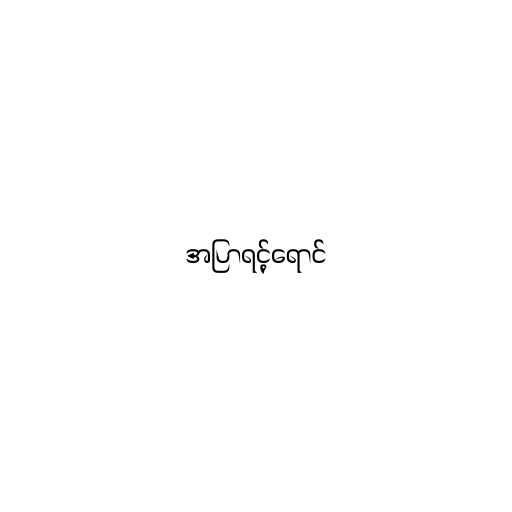
အပြာရင့်ရောင်